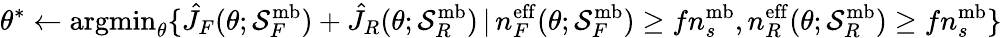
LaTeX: \theta^{*}\gets\mathrm{argmin}_{\theta}\{ \hat{J}_{F}(\theta;\mathcal{S}_{F}^{\mathrm{mb}})+\hat{J}_{R}(\theta;\mathcal{S}_{R}^{\mathrm{mb}})\, |\, n_{F}^{\mathrm{eff}}(\theta;\mathcal{S}_{F}^{\mathrm{mb}})\geq fn_{s}^{\mathrm{mb}},n_{R}^{\mathrm{eff}}(\theta;\mathcal{S}_{R}^{\mathrm{mb}})\geq fn_{s}^{\mathrm{mb}}\}